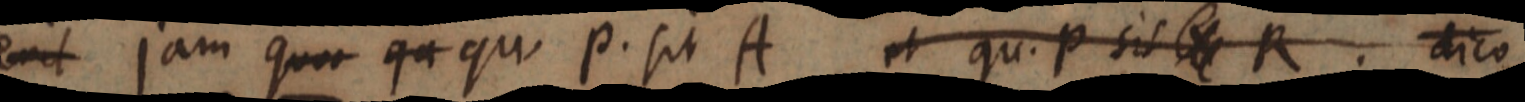
erit jam quo qa qui P. sit A et qu. p sit X R. dico